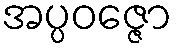
အပ္ပဝဇ္ဇော